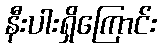
နီးပါးရှိကြောင်း